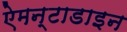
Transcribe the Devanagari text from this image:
ऐमन्टाडाइन